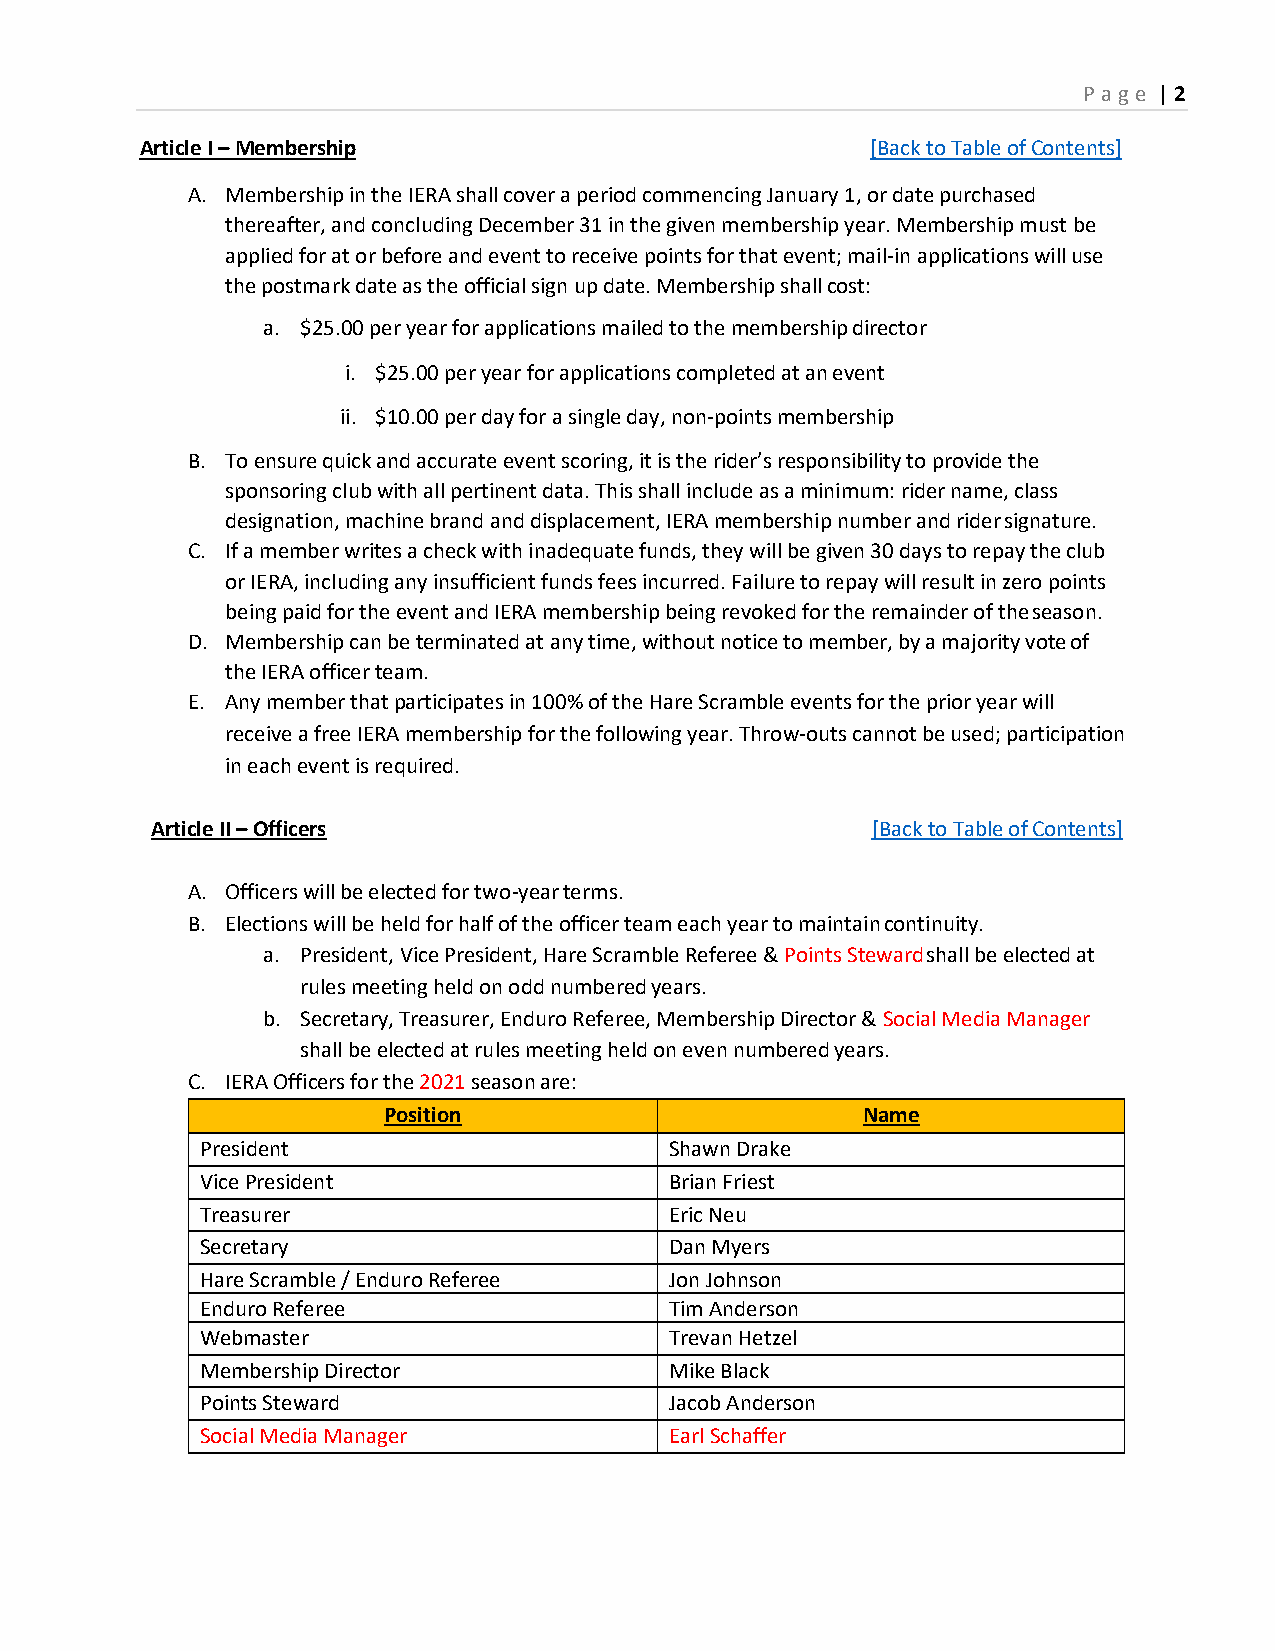
P age | 2
 Article I – Membership                           [Back to Table of Contents]
 A. Membership in the IERA shall cover a period commencing January 1, or date purchased
 thereafter, and concluding December 31 in the given membership year. Membership must be
 applied for at or before and event to receive points for that event; mail-in applications will use
 the postmark date as the official sign up date. Membership shall cost:
 a. $25.00 per year for applications mailed to the membership director
 i. $25.00 per year for applications completed at an event
 ii. $10.00 per day for a single day, non-points membership
 B. To ensure quick and accurate event scoring, it is the rider’s responsibility to provide the
 sponsoring club with all pertinent data. This shall include as a minimum: rider name, class
 designation, machine brand and displacement, IERA membership number and rider signature.
 C. If a member writes a check with inadequate funds, they will be given 30 days to repay the club
 or IERA, including any insufficient funds fees incurred. Failure to repay will result in zero points
 being paid for the event and IERA membership being revoked for the remainder of the season.
 D. Membership can be terminated at any time, without notice to member, by a majority vote of
 the IERA officer team.
 E. Any member that participates in 100% of the Hare Scramble events for the prior year will
 receive a free IERA membership for the following year. Throw-outs cannot be used; participation
 in each event is required.
 Article II – Officers                           [Back to Table of Contents]
 A. Officers will be elected for two-year terms.
 B. Elections will be held for half of the officer team each year to maintain continuity.
 a. President, Vice President, Hare Scramble Referee & Points Steward shall be elected at
 rules meeting held on odd numbered years.
 b. Secretary, Treasurer, Enduro Referee, Membership Director & Social Media Manager
 shall be elected at rules meeting held on even numbered years.
 C. IERA Officers for the 2021 season are:
 Position                        Name
 President                      Shawn Drake
 Vice President                 Brian Friest
 Treasurer                      Eric Neu
 Secretary                      Dan Myers
 Hare Scramble / Enduro Referee Jon Johnson
 Enduro Referee                 Tim Anderson
 Webmaster                      Trevan Hetzel
 Membership Director            Mike Black
 Points Steward                 Jacob Anderson
 Social Media Manager           Earl Schaffer